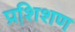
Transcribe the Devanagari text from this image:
प्रशि़शण